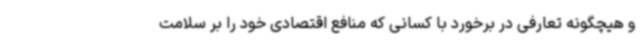
و هیچگونه تعارفی در برخورد با کسانی که منافع اقتصادی خود را بر سلامت